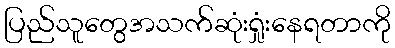
ပြည်သူတွေအသက်ဆုံးရှုံးနေရတာကို